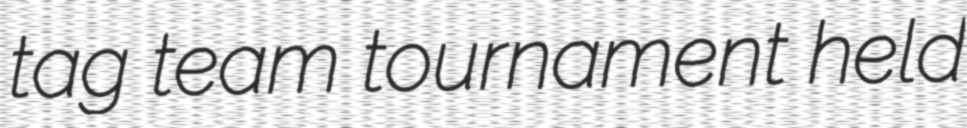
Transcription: tag team tournament held